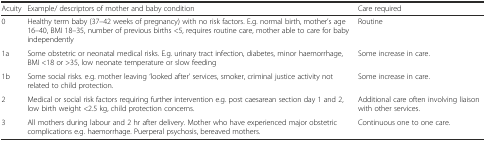
| Acuity | Example/ descriptors of mother and baby condition | Care required |
 | --- | --- | --- |
 | 0 | Healthy term baby (37–42 weeks of pregnancy) with no risk factors. E.g. normal birth, mother’s age 16–40, BMI 18–35, number of previous births <5, requires routine care, mother able to care for baby independently | Routine |
 | 1a | Some obstetric or neonatal medical risks. E.g. urinary tract infection, diabetes, minor haemorrhage, BMI <18 or >35, low neonate temperature or slow feeding | Some increase in care. |
 | 1b | Some social risks. e.g. mother leaving ‘looked after’ services, smoker, criminal justice activity not related to child protection. | Some increase in care. |
 | 2 | Medical or social risk factors requiring further intervention e.g. post caesarean section day 1 and 2, low birth weight <2.5 kg, child protection concerns. | Additional care often involving liaison with other services. |
 | 3 | All mothers during labour and 2 hr after delivery. Mother who have experienced major obstetric complications e.g. haemorrhage. Puerperal psychosis, bereaved mothers. | Continuous one to one care. |